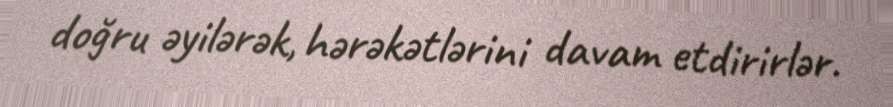
doğru əyilərək, hərəkətlərini davam etdirirlər.